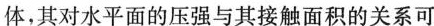
体，其对水平面的压强与其接触面积的关系可